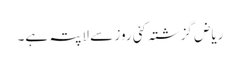
ریاض گزشتہ کئی روز سے لاپتہ ہے۔